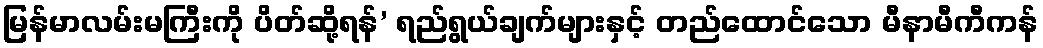
မြန်မာလမ်းမကြီးကို ပိတ်ဆို့ရန်’ ရည်ရွယ်ချက်များနှင့် တည်ထောင်သော မီနာမီကီကန်